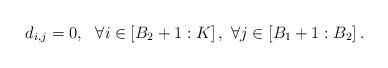
LaTeX: \begin{align*}d_{i,j}=0, ~~ \forall i\in\left[B_{2}+1:K\right],~ \forall j\in\left[B_{1}+1:B_{2}\right].\end{align*}